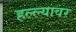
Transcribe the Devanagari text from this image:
हल्ल्यावर